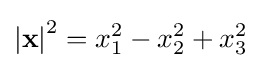
\left|\mathbf {x} \right|^{2}=x_{1}^{2}-x_{2}^{2}+x_{3}^{2}